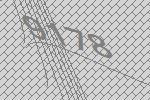
9178